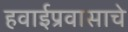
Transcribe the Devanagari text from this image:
हवाईप्रवासाचे